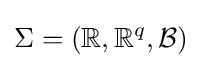
\Sigma =(\mathbb {R} ,\mathbb {R} ^{q},{\mathcal {B}})